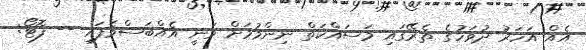
އެއް އަހަރު ދުވަހުގެ ތެރޭގައި މަސައްކަތް ނިންމުމަށް ވަނީ އެއްބަސްވެފައި -- ފޮޓޯ: